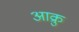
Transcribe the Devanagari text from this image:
आक्रु